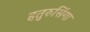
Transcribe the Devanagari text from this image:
हतुरुसिंगा